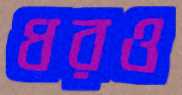
ধরও